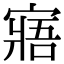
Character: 寤